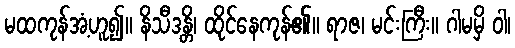
မထကုန်အံ့ဟူ၍။ နိသီဒန္တိ၊ ထိုင်နေကုန်၏။ ရာဇ၊ မင်းကြီး။ ဂါမမှိ ဝါ၊